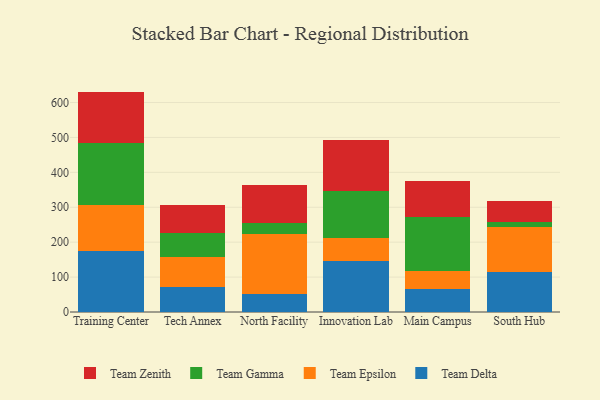
{"axis": {"x": "Campus", "y": "Net Income (USD K)"}, "legend": ["Team Delta", "Team Epsilon", "Team Gamma", "Team Zenith"], "data": [{"x": "Training Center", "y": 173.4, "type": "Team Delta"}, {"x": "Training Center", "y": 132.1, "type": "Team Epsilon"}, {"x": "Training Center", "y": 179.0, "type": "Team Gamma"}, {"x": "Training Center", "y": 146.8, "type": "Team Zenith"}, {"x": "Tech Annex", "y": 72.6, "type": "Team Delta"}, {"x": "Tech Annex", "y": 85.9, "type": "Team Epsilon"}, {"x": "Tech Annex", "y": 66.5, "type": "Team Gamma"}, {"x": "Tech Annex", "y": 80.8, "type": "Team Zenith"}, {"x": "North Facility", "y": 51.3, "type": "Team Delta"}, {"x": "North Facility", "y": 173.5, "type": "Team Epsilon"}, {"x": "North Facility", "y": 29.3, "type": "Team Gamma"}, {"x": "North Facility", "y": 111.1, "type": "Team Zenith"}, {"x": "Innovation Lab", "y": 146.2, "type": "Team Delta"}, {"x": "Innovation Lab", "y": 64.5, "type": "Team Epsilon"}, {"x": "Innovation Lab", "y": 134.6, "type": "Team Gamma"}, {"x": "Innovation Lab", "y": 148.5, "type": "Team Zenith"}, {"x": "Main Campus", "y": 65.7, "type": "Team Delta"}, {"x": "Main Campus", "y": 52.3, "type": "Team Epsilon"}, {"x": "Main Campus", "y": 155.5, "type": "Team Gamma"}, {"x": "Main Campus", "y": 103.1, "type": "Team Zenith"}, {"x": "South Hub", "y": 115.1, "type": "Team Delta"}, {"x": "South Hub", "y": 127.8, "type": "Team Epsilon"}, {"x": "South Hub", "y": 14.3, "type": "Team Gamma"}, {"x": "South Hub", "y": 61.2, "type": "Team Zenith"}]}